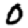
Digit: 0